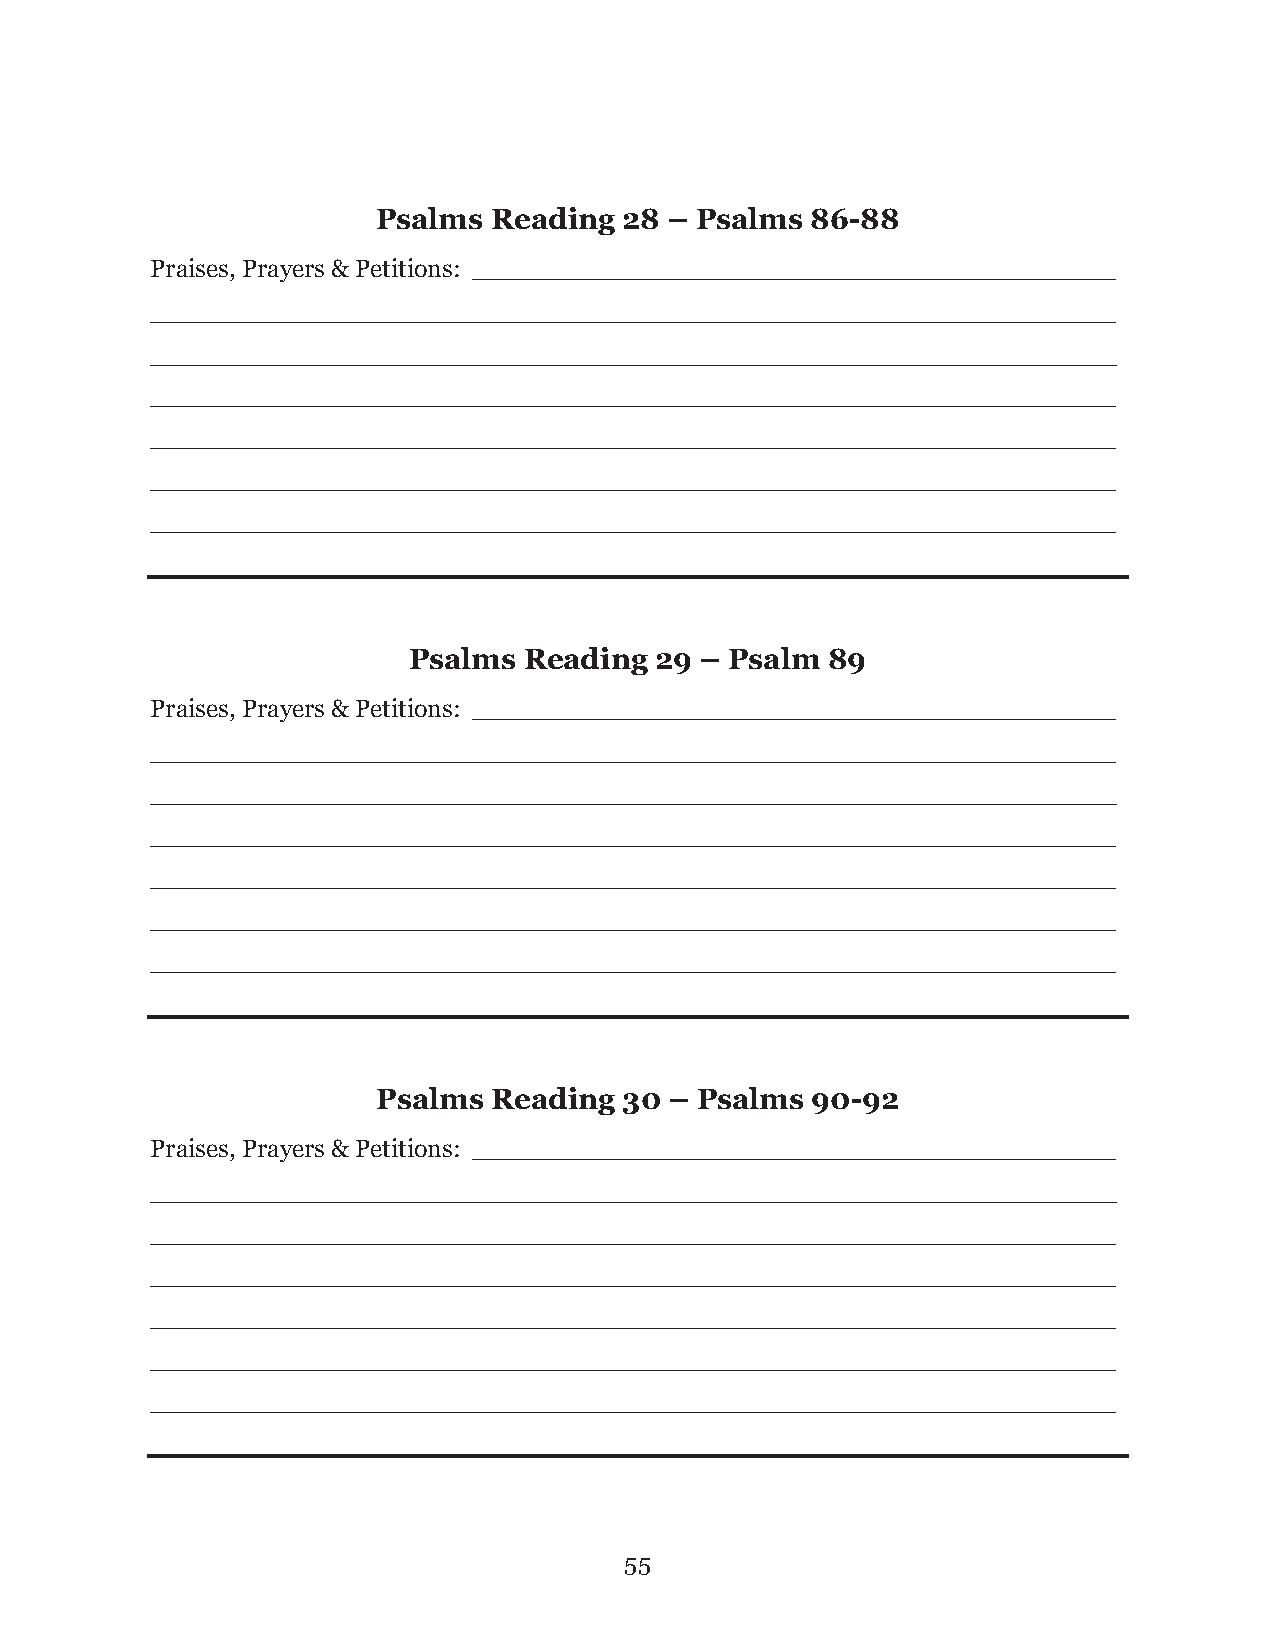
Psalms Reading  28 – Psalms  86-88
 Praises, Prayers & Petitions: ____________________________________________
 __________________________________________________________________
 __________________________________________________________________
 __________________________________________________________________
 __________________________________________________________________
 __________________________________________________________________
 __________________________________________________________________
 Psalms  Reading 29 – Psalm  89
 Praises, Prayers & Petitions: ____________________________________________
 __________________________________________________________________
 __________________________________________________________________
 __________________________________________________________________
 __________________________________________________________________
 __________________________________________________________________
 __________________________________________________________________
 Psalms  Reading 30 – Psalms  90-92
 Praises, Prayers & Petitions: ____________________________________________
 __________________________________________________________________
 __________________________________________________________________
 __________________________________________________________________
 __________________________________________________________________
 __________________________________________________________________
 __________________________________________________________________
 5 5